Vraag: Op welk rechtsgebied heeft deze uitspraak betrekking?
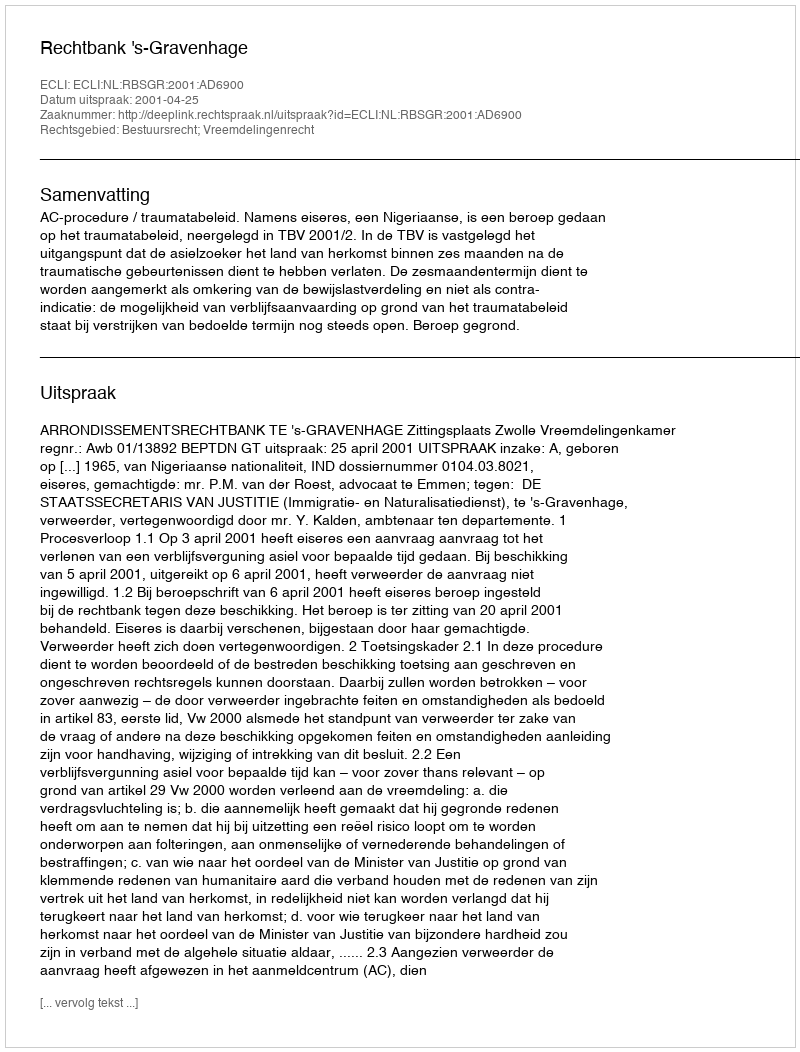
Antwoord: Bestuursrecht; Vreemdelingenrecht